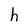
Character: h